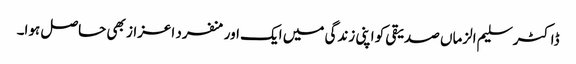
ڈاکٹر سلیم الزماں صدیقی کو اپنی زندگی میں ایک اور منفرد اعزاز بھی حاصل ہوا۔